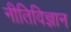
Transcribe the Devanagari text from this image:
नीतिविज्ञान